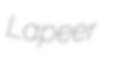
Lapeer